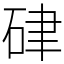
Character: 硉